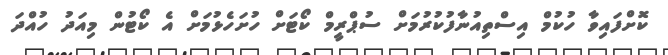
ކޮށްފައިވާ ހުކުމް އިސްތިއުނާފުކުރުމަށް ސުޕްރީމް ކޯޓަށް ހުށަހެޅުމަށް އެ ކޯޓުން މިއަދު ހުއްދަ